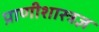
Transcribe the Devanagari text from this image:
प्राणीशास्त्रज्ञ